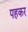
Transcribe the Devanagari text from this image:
पहकर